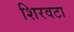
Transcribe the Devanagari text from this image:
शिरवटा